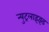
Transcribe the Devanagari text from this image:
न्युट्रलाइझ्ड